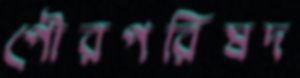
পৌরপরিষদ